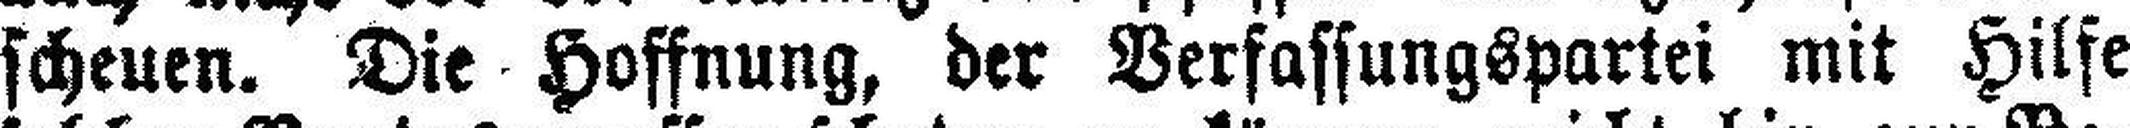
scheuen. Die Hoffnung, der Verfassungspartei mit Hilfe